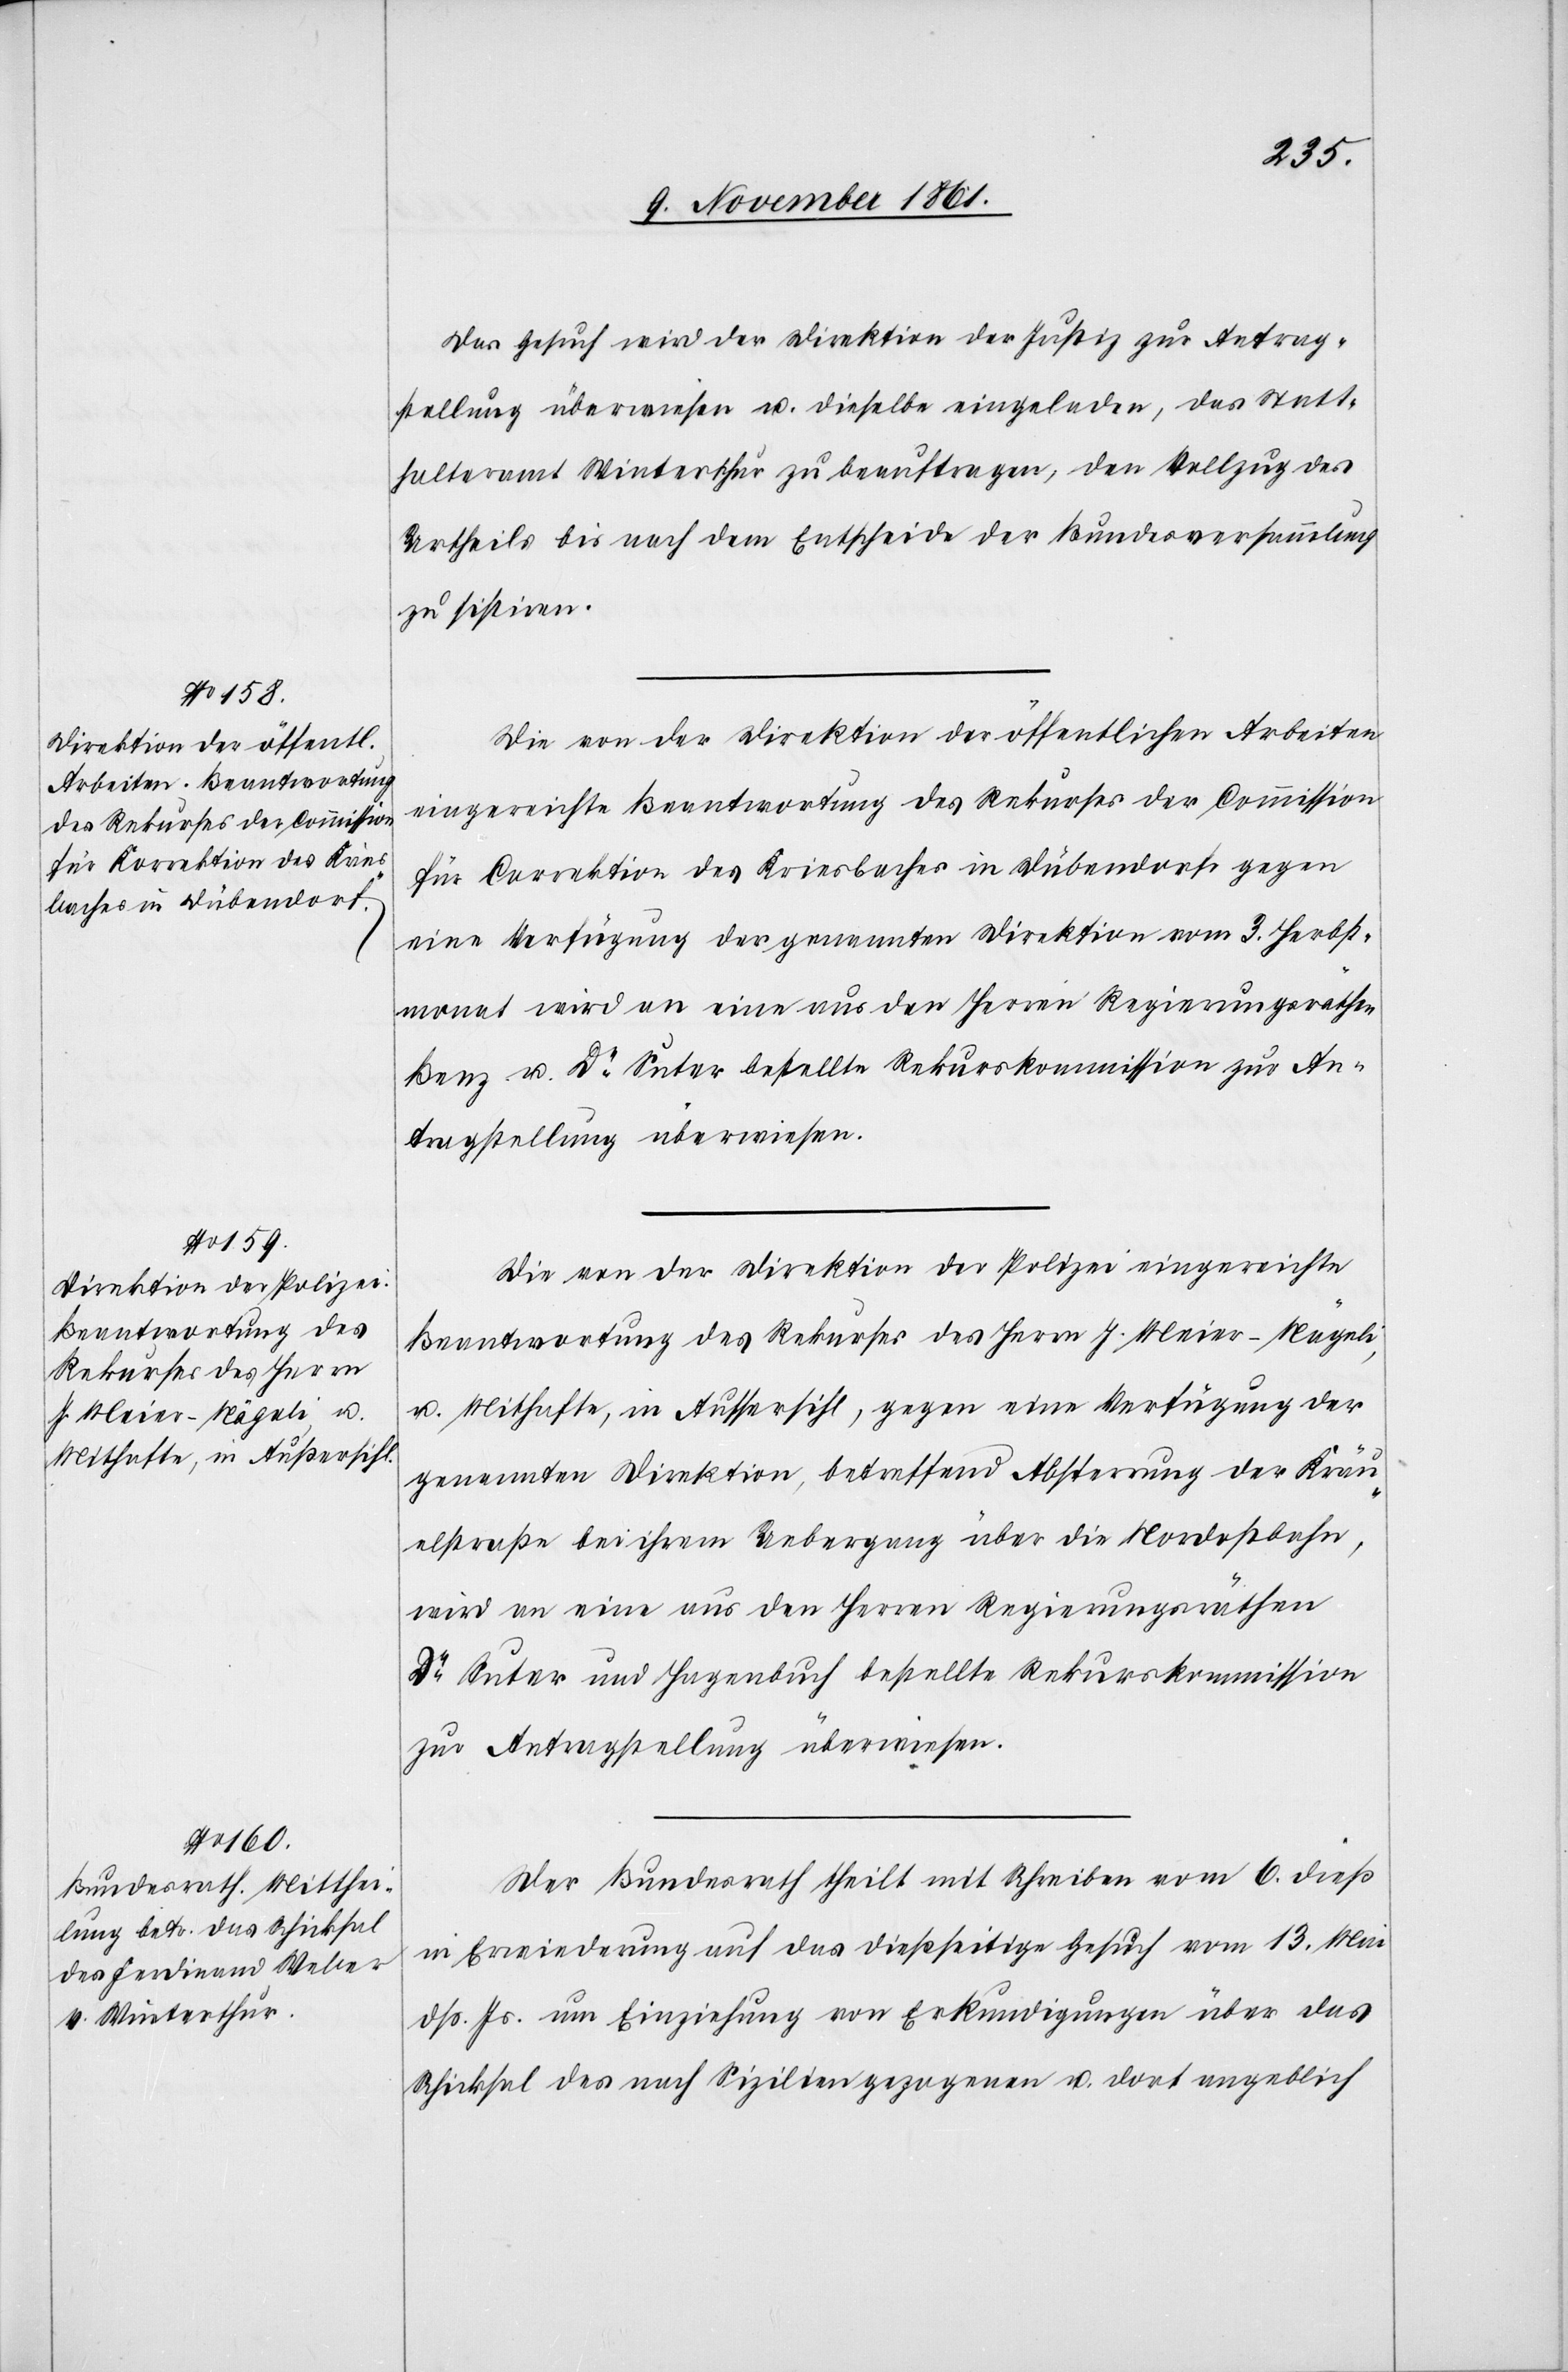
Das Gesuch wird der Direktion der Justiz zur Antrag¬
stellung überwiesen u. dieselbe eingeladen, das Statt¬
halteramt Winterthur zu beauftragen, den Vollzug des
Urtheils bis nach dem Entscheide der Bundesversammlung
zu sistiren.
Die von der Direktion der öffentlichen Arbeiten
eingereichte Beantwortung des Rekurses der Commission
für Correction des Kriesbaches in Dübendorf gegen
eine Verfügung der genannten Direktion vom 3 Herbst¬
monat wird an eine aus den Herrn Regierungsräthen
Benz u. Dr Suter bestellte Rekurskommission zur An¬
tragstellung überwiesen.
Die von der Direktion der Polizei eingereichte
Beantwortung des Rekurses des Herrn J. Meier-Nägeli,
u. Mithafte, in Aussersihl, gegen eine Verfügung der
genannten Direktion, betreffend Absperrung der Kräu¬
elstraße bei ihrem Uebergang über die Nordostbahn,
wird an eine aus den Herren Regierungsräthen
Dr Suter und Hagenbuch bestellte Rekurskommission
zur Antragstellung überwiesen.
Der Bundesrath theilt mit Schreiben vom 6 dieß
in Erwiederung auf das dießseitige Gesuch vom 13 Mai
dß. Js. um Einziehung von Erkundigungen über das
Schicksal des nach Sizilien gezogenen u. dort angeblich